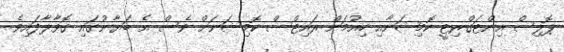
ޕޮލިސް އިންޓަގްރިޓީ ކޮމިޝަނާއި ހިއުމަން ރައިޓްސް ކޮމިޝަނަށް ވެސް އެ ބަޔާނުގައި ގޮވާލާފައިވެ